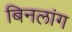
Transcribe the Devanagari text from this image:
बिनलांग